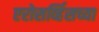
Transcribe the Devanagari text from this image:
एरोसर्व्हिसच्या